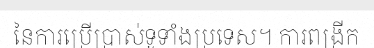
នៃការប្រើប្រាស់ទូទាំងប្រទេស។ ការពង្រីក